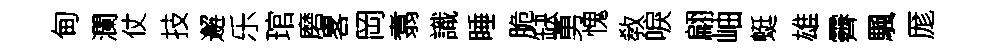
甸瀾仗技邂乐琯磨畧岡翥識睡脆缺勇愧敎唳翩岫蜓雄霽颿厖